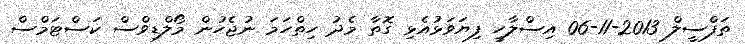
ތަފްސީލް 2013-11-06 އިސްލާހީ ފިޔަވަޅުއެޅި ގޮތާ މެދު ހިތްހަމަ ނުޖެހުން މޯލްޑިވްސް ކަސްޓަމްސް